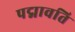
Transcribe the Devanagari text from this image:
पद्मावति